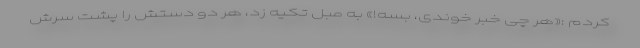
کردم :«هر چی خبر خوندی، بسه!» به مبل تکیه زد، هر دو دستش را پشت سرش